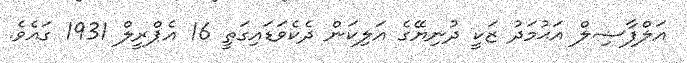
އަލްފާޟިލް އަޙުމަދު ޒަކީ ދުނިޔޭގެ އަލިކަން ދެކެވަޑައިގަތީ 16 އެޕްރީލް 1931 ގައެވެ.